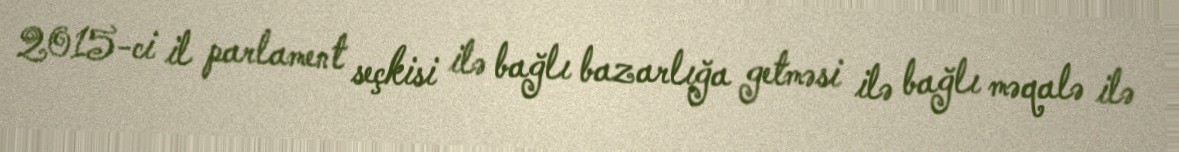
2015-ci il parlament seçkisi ilə bağlı bazarlığa getməsi ilə bağlı məqalə ilə